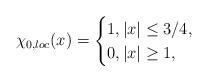
LaTeX: \begin{align*}\chi_{0,loc}(x)=\begin{cases}1, |x|\leq 3/4,\\0, |x|\geq 1,\end{cases}\end{align*}